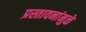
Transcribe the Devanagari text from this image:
प्रस्तावनांमुळे